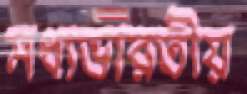
মধ্যভারতীয়